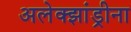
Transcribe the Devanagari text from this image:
अलेक्झांड्रीना